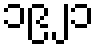
၁၉၂၁